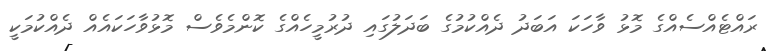
ރައްޓެއްސެއްގެ މޮޅު ވާހަކަ އަބަދު ދެއްކުމުގެ ބަދަލުގައި ދުރުމީހެއްގެ ކޮންމެވެސް މޮޅުވާހަކައެއް ދެއްކުމަކީ